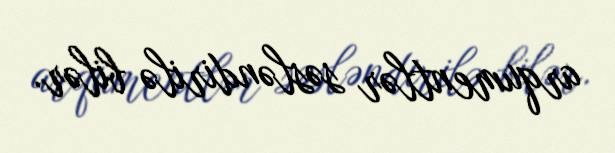
arqumentlər səsləndirilə bilər.